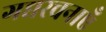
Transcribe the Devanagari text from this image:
गद्यरचनाएँ